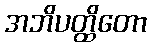
အဘိပတ္ထိတော